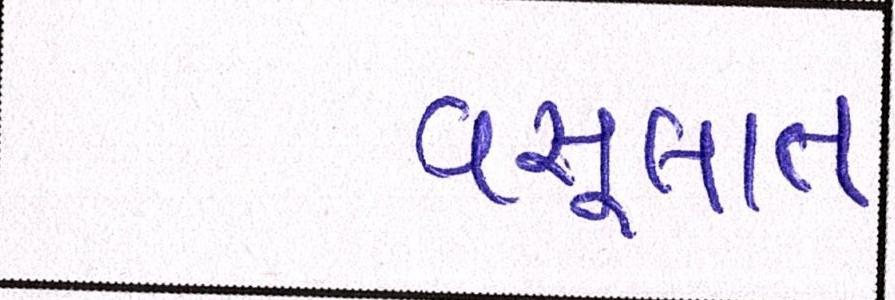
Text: વસૂલાત